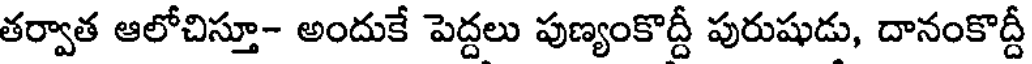
తర్వాత ఆలోచిస్తూ- అందుకే పెద్దలు పుణ్యంకొద్దీ పురుషుడు, దానంకొద్దీ